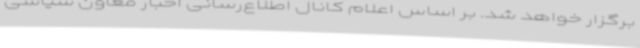
برگزار خواهد شد. بر اساس اعلام کانال اطلاع‌رسانی اخبار معاون سیاسی